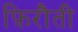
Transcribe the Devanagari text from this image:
फ़िरौती